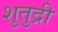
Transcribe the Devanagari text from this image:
शुतुद्री